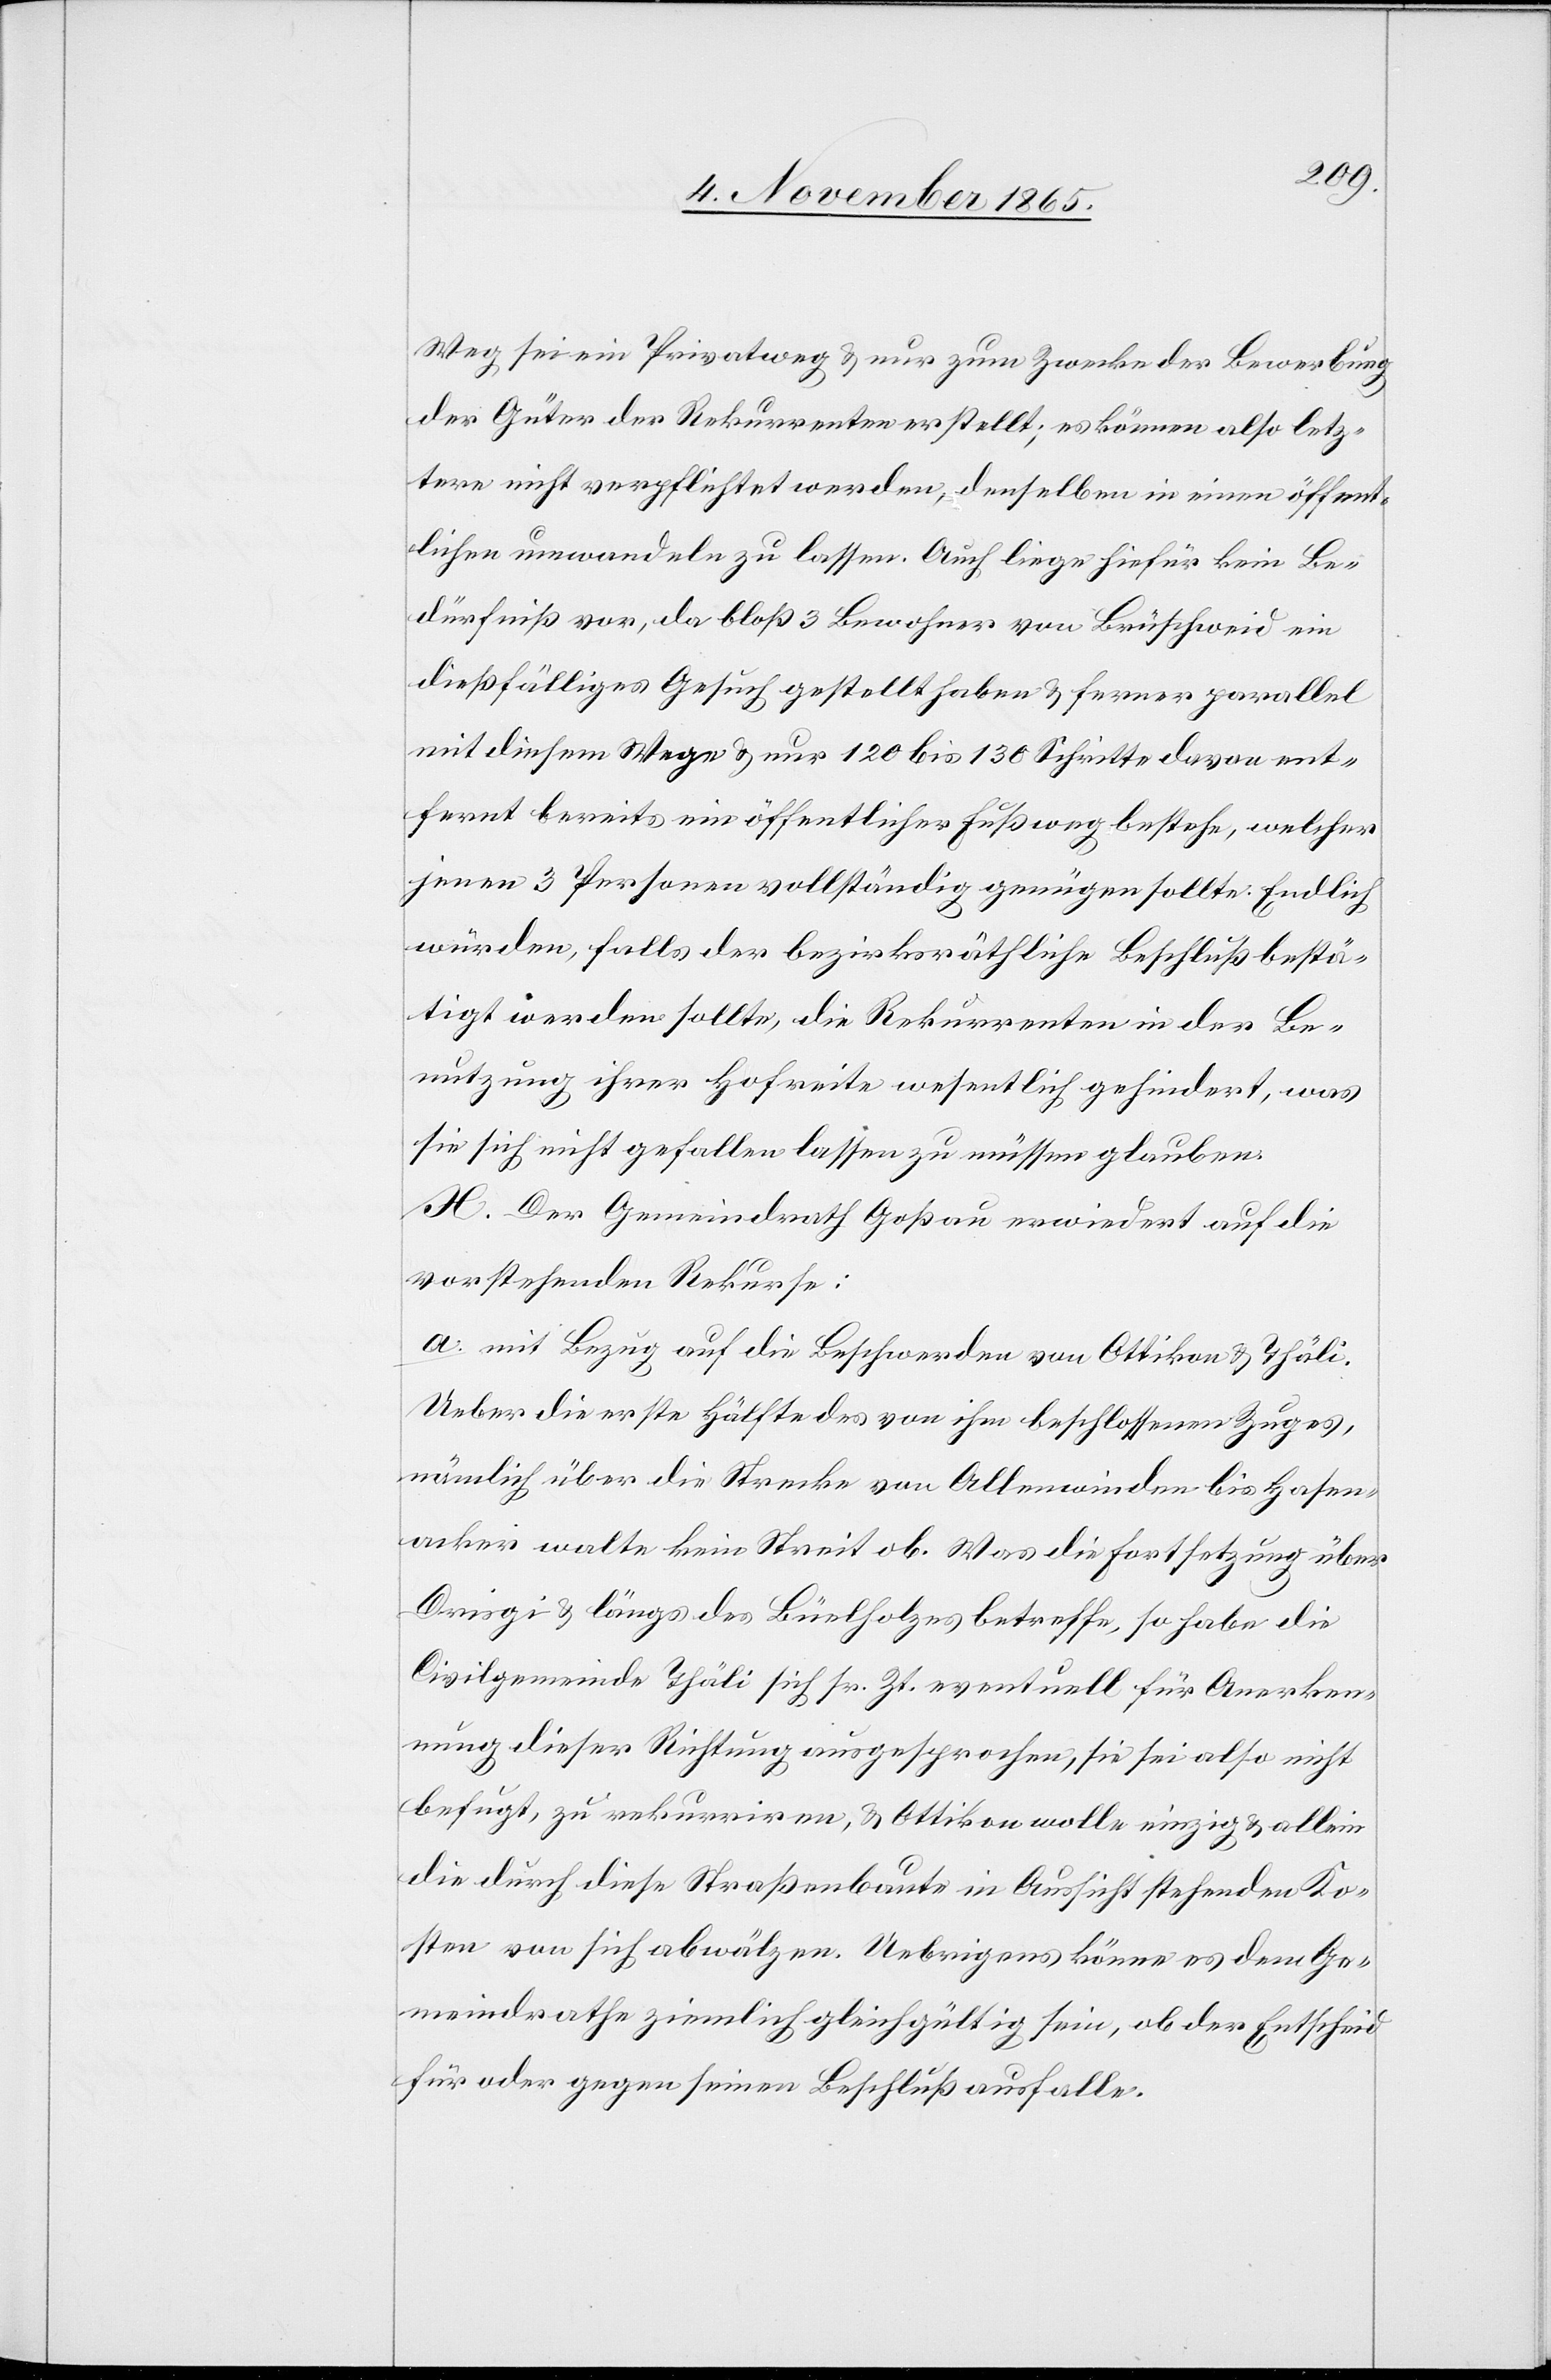
Weg sei ein Privatweg & nur zum Zwecke der Bewerbung
der Güter der Rekurrenten erstellt; es können also letz¬
tere nicht verpflichtet werden, denselben in einen öffent¬
lichen umwandeln zu lassen. Auch liege hiefür kein Be¬
dürfniß vor, da bloß 3 Bewohner von Brüschweid ein
dießfälliges Gesuch gestellt haben & ferner parallel
mit diesem Wege & nur 120 bis 130 Schritte davon ent¬
fernt bereits ein öffentlicher Fußweg bestehe, welcher
jenen 3 Personen vollständig genügen sollte. Endlich
würden, falls der bezirksräthliche Beschluß bestä¬
tigt werden sollte, die Rekurrenten in der Be¬
nutzung ihrer Hofreite wesentlich gehindert, was
sie sich nicht gefallen lassen zu müssen glauben.
X. Der Gemeindrath Goßau erwiedert auf die
vorstehenden Rekurse:
a. mit Bezug auf die Beschwerden von Ottikon & Thäli.
Ueber die erste Hälfte des von ihm beschlossenen Zuges,
nämlich über der Strecke von Allenwinden bis Hasen¬
acker walte kein Streit ob. Was die Fortsetzung über
Drisgi & längs des Büelholzes betreffe, so habe die
Civilgemeinde Thäli sich sr. Zt. eventuell für Anerken¬
nung dieser Richtung ausgesprochen, sie sei also nicht
befugt, zu rekurriren, & Ottikon wolle einzig & allein
die durch diese Straßenbaute in Aussicht stehenden Ko¬
sten von sich abwälzen. Uebrigens könne es dem Ge¬
meindrathe ziemlich gleichgültig sein, ob der Entscheid
für oder gegen seinen Beschluß ausfalle.